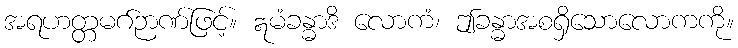
အရဟတ္တမဂ်ဉာဏ်ဖြင့်။ ဣမံခန္ဓာဒိ လောကံ၊ ဤခန္ဓာအစရှိသောလောကကို။